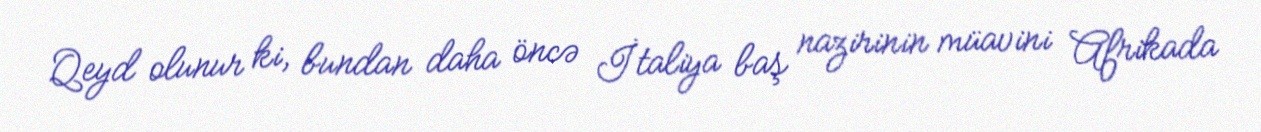
Qeyd olunur ki, bundan daha öncə İtaliya baş nazirinin müavini Afrikada